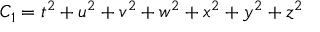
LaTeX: C _ { 1 } = t ^ { 2 } + u ^ { 2 } + v ^ { 2 } + w ^ { 2 } + x ^ { 2 } + y ^ { 2 } + z ^ { 2 }